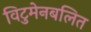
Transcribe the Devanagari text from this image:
विटुमेनबलित